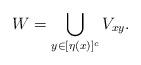
LaTeX: \begin{align*}W = \bigcup_{y \in [\eta(x)]^c} V_{xy}.\end{align*}